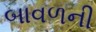
બાવળની